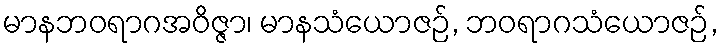
မာနဘဝရာဂအဝိဇ္ဇာ၊ မာနသံယောဇဉ်, ဘဝရာဂသံယောဇဉ်,